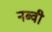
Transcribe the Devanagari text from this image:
नब्वी